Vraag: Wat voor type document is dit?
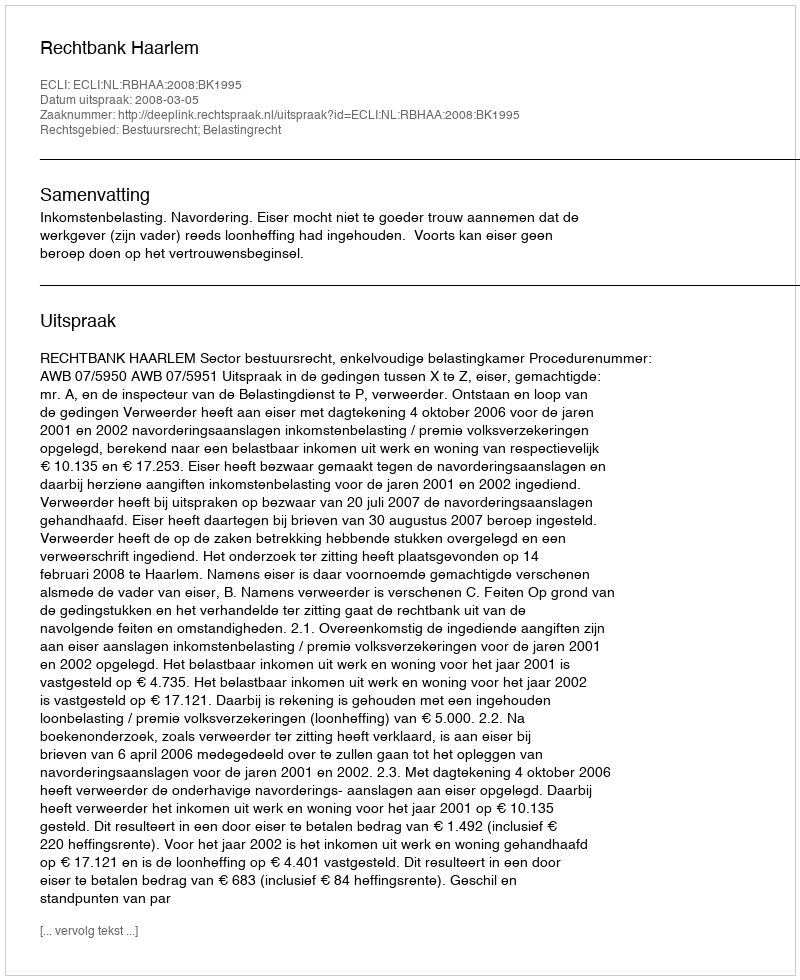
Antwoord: Uitspraak